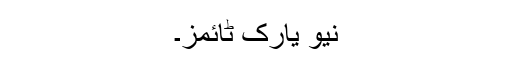
نیو یارک ٹائمز۔